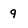
Character: 9